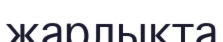
жарлықта